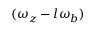
( \omega _ { z } - l \omega _ { b } )